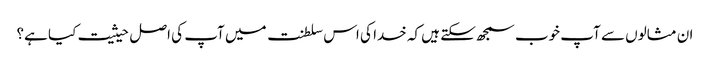
ان مثالوں سے آپ خوب سمجھ سکتے ہیں کہ خدا کی اس سلطنت میں آپ کی اصل حیثیت کیا ہے؟